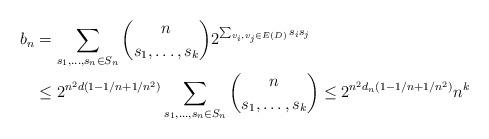
LaTeX: \begin{align*}b_n &= \sum_{s_1,\ldots,s_n\in S_n} {n \choose {s_1,\ldots,s_k}} 2^{\sum_{v_i,v_j\in E(D)}s_is_j } \\&\leq 2^{n^2d(1-1/n+1/n^2)} \sum_{s_1,\ldots,s_n\in S_n} {n \choose {s_1,\ldots,s_k}} \leq 2^{n^2d_n(1-1/n+1/n^2)} n^k \end{align*}